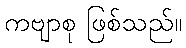
ကဗျာစု ဖြစ်သည်။